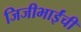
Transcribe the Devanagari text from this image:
जिजीभाईंची